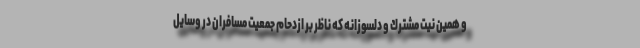
و همين نيت مشترك و دلسوزانه كه ناظر بر ازدحام جمعيت مسافران در وسايل